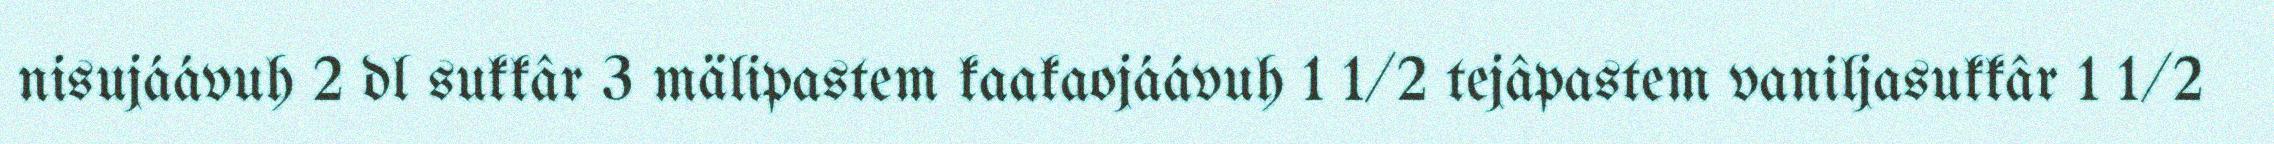
nisujáávuh 2 dl sukkâr 3 mälipastem kaakaojáávuh 1 1/2 tejâpastem vaniljasukkâr 1 1/2